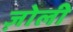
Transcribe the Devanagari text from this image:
ज़ोली